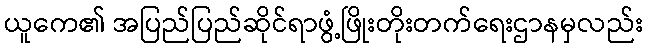
ယူကေ၏ အပြည်ပြည်ဆိုင်ရာဖွံ့ဖြိုးတိုးတက်ရေးဌာနမှလည်း